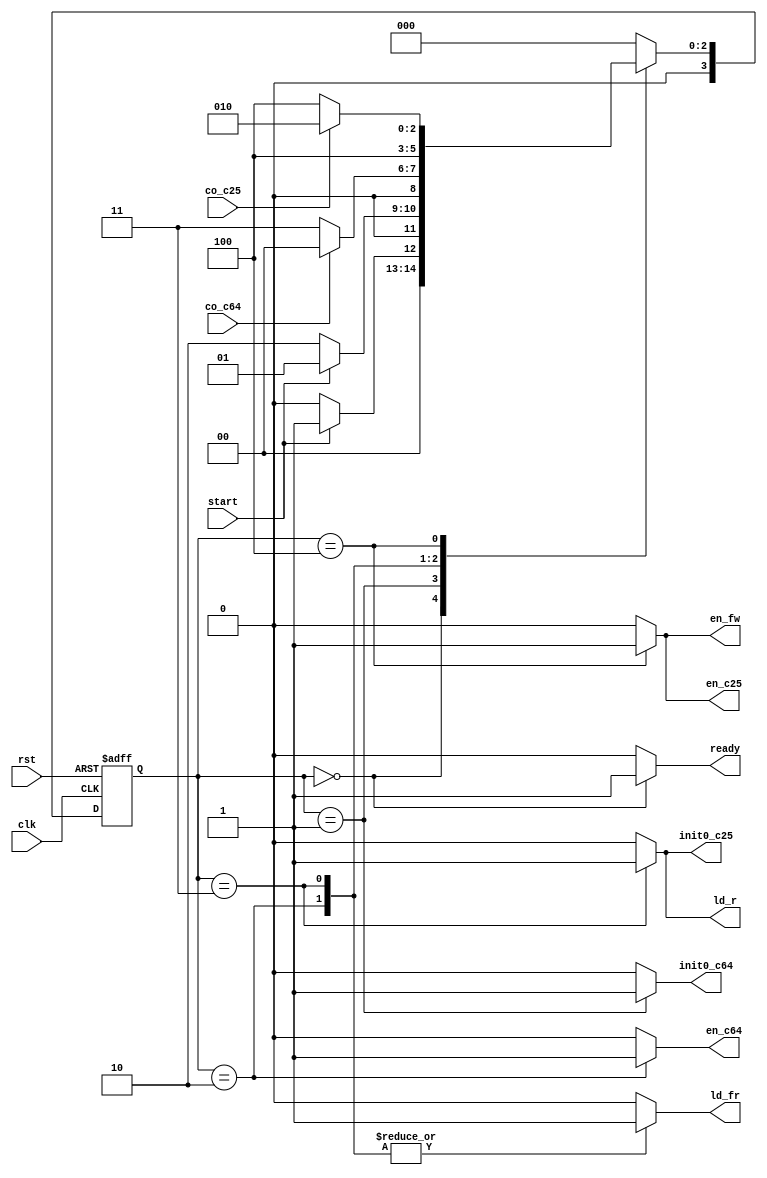
module ColparCU(clk, rst, start, co_c64, co_c25, ld_fr, ld_r, en_fw, init0_c64, init0_c25, en_c64, en_c25, ready);
  
  input clk;
  input rst;
  input start;
  input co_c64;
  input co_c25;
  output reg ld_fr;
  output reg ld_r;
  output reg en_fw;
  output reg init0_c64;
  output reg init0_c25;
  output reg en_c64;
  output reg en_c25;
  output reg ready;
					
	reg [3:0] ps, ns;
	parameter [3:0] 
	Idling = 0, Sting = 1, Rding1 = 2, Rding2 = 3, Par_calc = 4;
	
	always@(ps) $display(ps);

	always@(ps, start, co_c64, co_c25) begin
		
		{ld_fr, ld_r, en_fw, init0_c64, init0_c25, en_c64, en_c25, ready} = 8'b0;
			case(ps)
				Idling: begin ns = (start) ? Sting : Idling; ready = 1; end
				Sting: begin ns = (~start) ? Rding1 : Sting; init0_c64 = 1; end
				Rding1: begin ns = (~co_c64) ? Rding2 : Idling; ld_fr = 1; en_c64 = 1; end
				Rding2: begin ns = Par_calc; ld_fr = 1; ld_r = 1; init0_c25 = 1; end
			  	Par_calc: begin ns = (~co_c25) ? Par_calc : Rding1; en_c25 = 1; en_fw = 1; end
				
				default: ns = Idling;
			endcase
	end
	
	always@(posedge clk, posedge rst) begin
		if (rst) ps <= Idling;
		else ps <= ns;
	end
	
endmodule